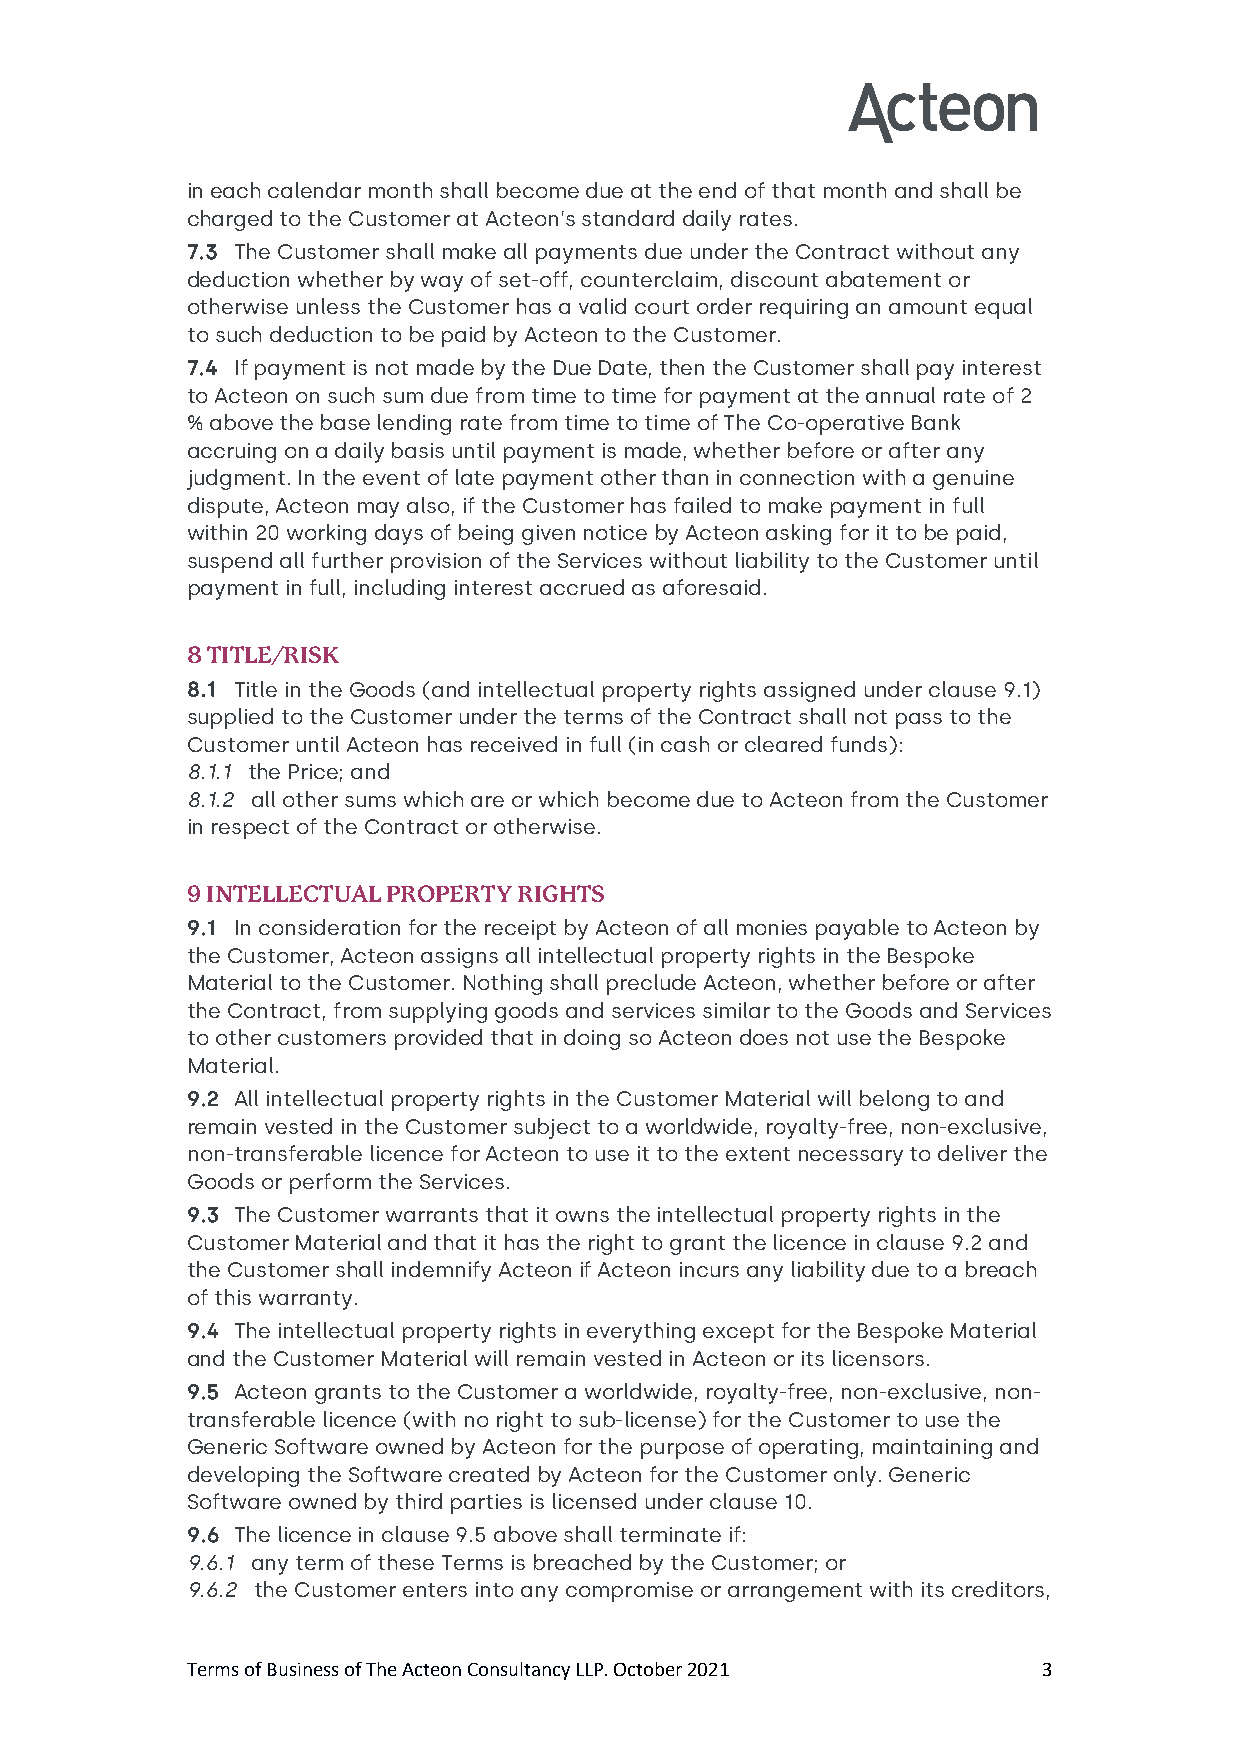
in each calendar month shall become due at the end of that month and shall be
 charged to the Customer at Acteon’s standard daily rates.
 7.3 The Customer shall make all payments due under the Contract without any
 deduction whether by way of set-off, counterclaim, discount abatement or
 otherwise unless the Customer has a valid court order requiring an amount equal
 to such deduction to be paid by Acteon to the Customer.
 7.4 If payment is not made by the Due Date, then the Customer shall pay interest
 to Acteon on such sum due from time to time for payment at the annual rate of 2
 % above the base lending rate from time to time of The Co-operative Bank
 accruing on a daily basis until payment is made, whether before or after any
 judgment. In the event of late payment other than in connection with a genuine
 dispute, Acteon may also, if the Customer has failed to make payment in full
 within 20 working days of being given notice by Acteon asking for it to be paid,
 suspend all further provision of the Services without liability to the Customer until
 payment in full, including interest accrued as aforesaid.
 8 TITLE/RISK
 8.1 Title in the Goods (and intellectual property rights assigned under clause 9.1)
 supplied to the Customer under the terms of the Contract shall not pass to the
 Customer until Acteon has received in full (in cash or cleared funds):
 8.1.1 the Price; and
 8.1.2 all other sums which are or which become due to Acteon from the Customer
 in respect of the Contract or otherwise.
 9 INTELLECTUAL PROPERTY RIGHTS
 9.1 In consideration for the receipt by Acteon of all monies payable to Acteon by
 the Customer, Acteon assigns all intellectual property rights in the Bespoke
 Material to the Customer. Nothing shall preclude Acteon, whether before or after
 the Contract, from supplying goods and services similar to the Goods and Services
 to other customers provided that in doing so Acteon does not use the Bespoke
 Material.
 9.2 All intellectual property rights in the Customer Material will belong to and
 remain vested in the Customer subject to a worldwide, royalty-free, non-exclusive,
 non-transferable licence for Acteon to use it to the extent necessary to deliver the
 Goods or perform the Services.
 9.3 The Customer warrants that it owns the intellectual property rights in the
 Customer Material and that it has the right to grant the licence in clause 9.2 and
 the Customer shall indemnify Acteon if Acteon incurs any liability due to a breach
 of this warranty.
 9.4 The intellectual property rights in everything except for the Bespoke Material
 and the Customer Material will remain vested in Acteon or its licensors.
 9.5 Acteon grants to the Customer a worldwide, royalty-free, non-exclusive, non-
 transferable licence (with no right to sub-license) for the Customer to use the
 Generic Software owned by Acteon for the purpose of operating, maintaining and
 developing the Software created by Acteon for the Customer only. Generic
 Software owned by third parties is licensed under clause 10.
 9.6 The licence in clause 9.5 above shall terminate if:
 9.6.1 any term of these Terms is breached by the Customer; or
 9.6.2 the Customer enters into any compromise or arrangement with its creditors,
 Terms of Business of The Acteon Consultancy LLP. October 2021 3